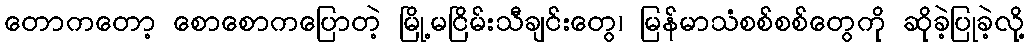
တောကတော့ စောစောကပြောတဲ့ မြို့မငြိမ်းသီချင်းတွေ၊ မြန်မာသံစစ်စစ်တွေကို ဆိုခဲ့ပြုခဲ့လို့